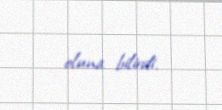
oluna bilirdi.